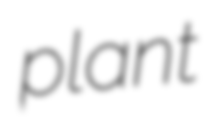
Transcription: plant